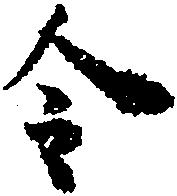
令